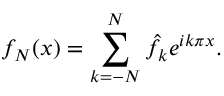
f _ { N } ( x ) = \sum _ { k = - N } ^ { N } \hat { f } _ { k } e ^ { i k \pi x } .